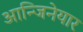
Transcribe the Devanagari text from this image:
आन्जिनेयार